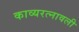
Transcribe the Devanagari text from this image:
काव्यरत्नावली